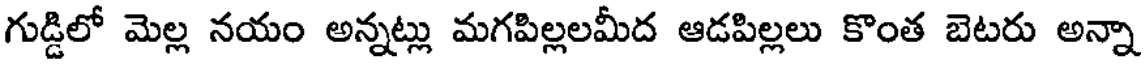
గుడ్డిలో మెల్ల నయం అన్నట్లు మగపిల్లలమీద ఆడపిల్లలు కొంత బెటరు అన్నా